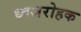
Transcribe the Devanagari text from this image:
ध्वजरोहक